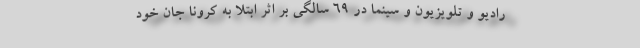
رادیو و تلویزیون و سینما در ۶۹ سالگی بر اثر ابتلا به کرونا جان خود